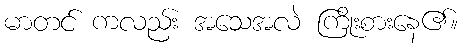
မာတင် ကလည်း အသေအလဲ ကြိုးစားနေ၏။